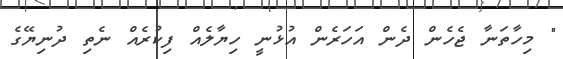
" މިހާތަނާ ޖެހެން ދެން އަހަރެން އުޅުނީ ހިޔާލެއް ފިކުރެއް ނެތި ދުނިޔޭގެ